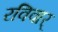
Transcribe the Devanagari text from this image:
रविवार्